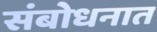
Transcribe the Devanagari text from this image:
संबोधनात